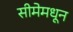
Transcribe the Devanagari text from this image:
सीमेमधून